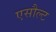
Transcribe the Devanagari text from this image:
एसौल्ट